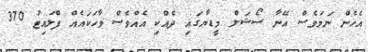
އެހެން ނަމަވެސް އޭނާ ސޯޝަލް މީޑޔާގައި ދެއްކި އެއްވެސް ވާހަކައެއް ފްލައިޓު 370